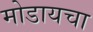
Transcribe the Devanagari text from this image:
मोडायचा